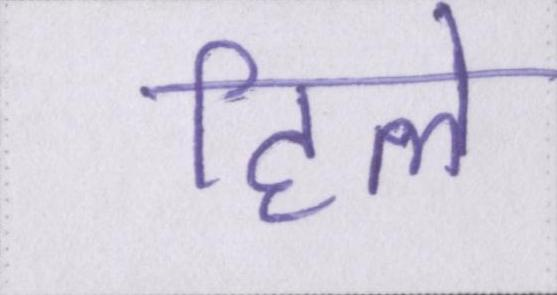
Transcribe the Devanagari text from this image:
हिले